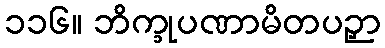
၁၁၆။ ဘိက္ခုပဏာမိတပဉှာ